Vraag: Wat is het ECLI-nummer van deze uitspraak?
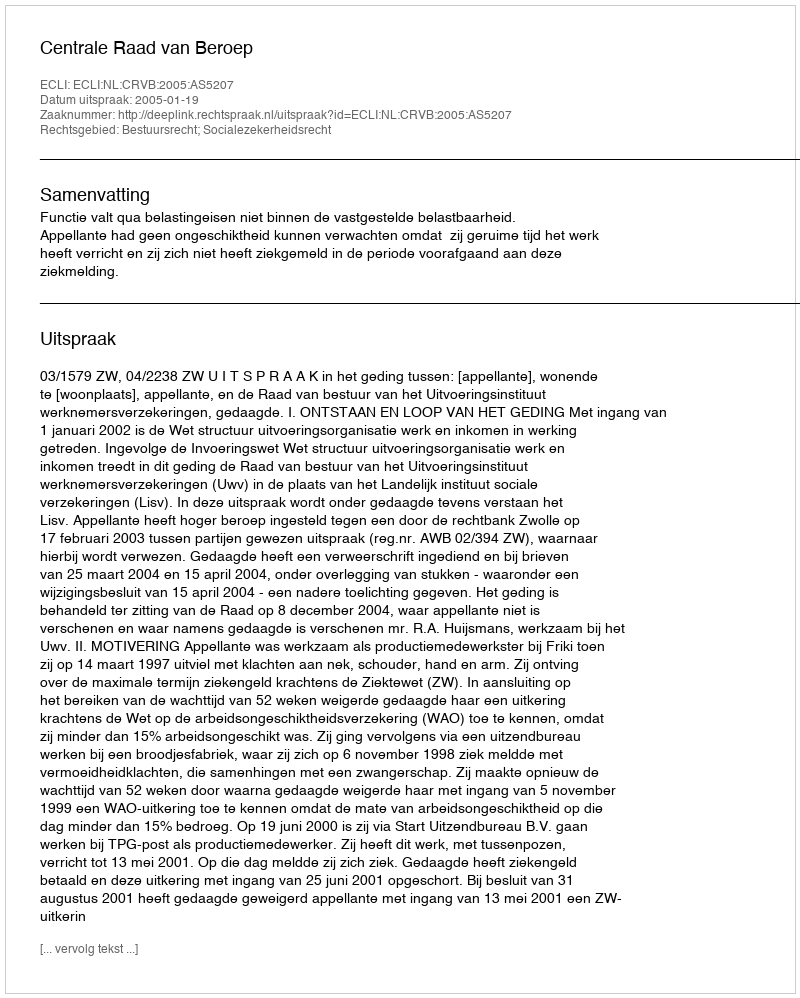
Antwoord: ECLI:NL:CRVB:2005:AS5207